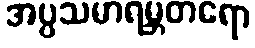
အပ္ပသမာရမ္ဘတရော